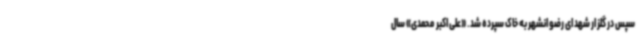
سپس در گلزار شهدای رضوانشهر به خاک سپرده شد. «علی‌اکبر محمدی» سال